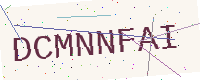
Text: DCMNNFAI